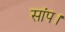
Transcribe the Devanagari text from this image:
सांप।